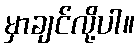
မှာချင်လို့ပါ။